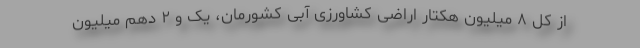
از کل ۸ میلیون هکتار اراضی کشاورزی آبی کشورمان، یک و ۲ دهم میلیون